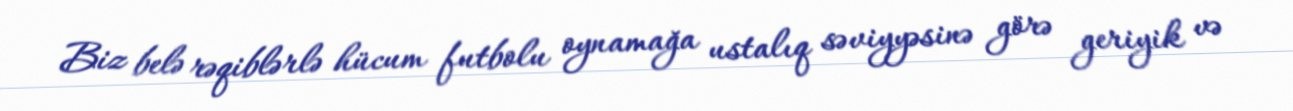
Biz belə rəqiblərlə hücum futbolu oynamağa ustalıq səviyyəsinə görə geriyik və